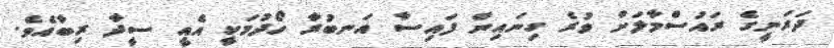
ދަރަނީގެ ރައުސްމާލަށް ވުރެ ގިނައިން ފައިސާ އަނބުރާ ހޯދުމަކީ އެއީ ސީދާ ރިބާއެވެ.